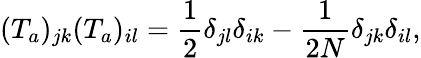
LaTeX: (T_{a})_{jk}(T_{a})_{il}=\frac{1}{2}\delta_{jl}\delta_{ik}-\frac{1}{2N}\delta_{jk}\delta_{il},